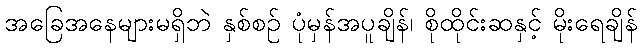
အခြေအနေများမရှိဘဲ နှစ်စဉ် ပုံမှန်အပူချိန်၊ စိုထိုင်းဆနှင့် မိုးရေချိန်